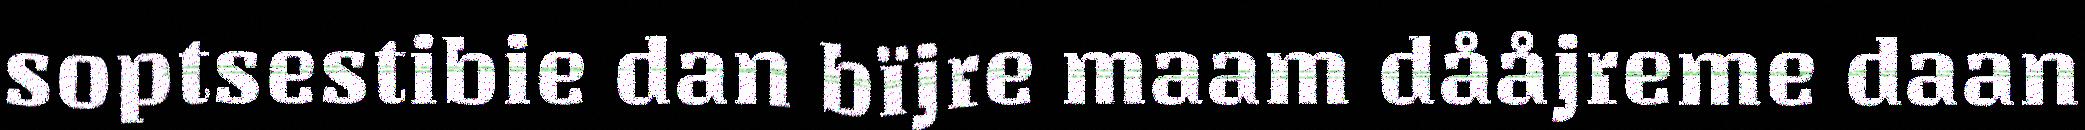
soptsestibie dan bïjre maam dååjreme daan